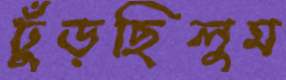
ঢুঁড়ছিলুম